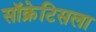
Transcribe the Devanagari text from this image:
सॉक्रेटिसला